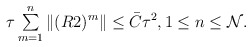
\begin{align*} \begin{array}{ll} \tau\sum\limits^{n}_{m=1}\|(R2)^{m}\|\leq \bar{C}\tau^{2}, 1\leq n \leq \mathcal{N}. \end{array} \end{align*}